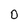
Character: 0